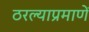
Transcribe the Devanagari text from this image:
ठरल्याप्रमाणें